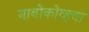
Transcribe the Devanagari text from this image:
नाबोकोव्हचा